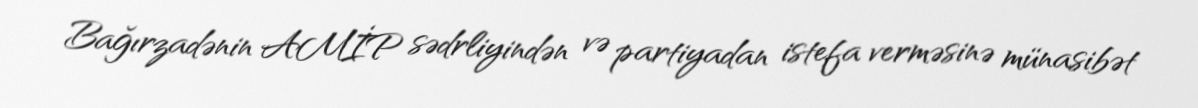
Bağırzadənin AMİP sədrliyindən və partiyadan istefa verməsinə münasibət